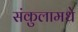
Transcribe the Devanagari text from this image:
संकुलामधे